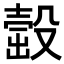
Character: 𣪹